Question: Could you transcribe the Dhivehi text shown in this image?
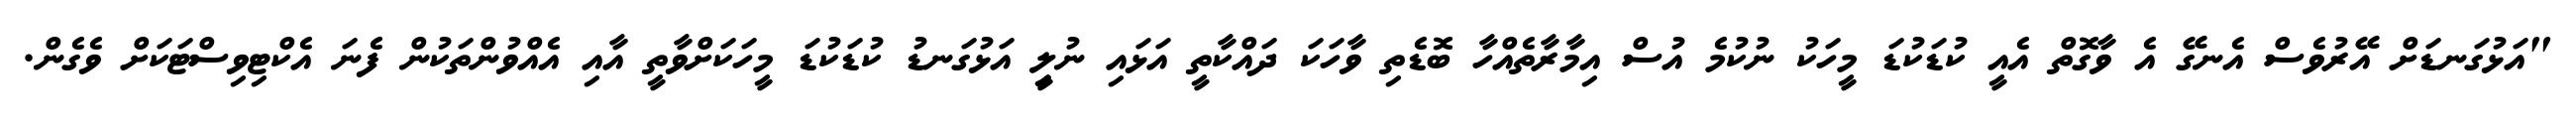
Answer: "އަޅުގަނޑަށް އޭރުވެސް އެނގޭ އެ ވާގޮތް އެއީ ކުޑަކުޑަ މީހަކު ނުކުމެ އުސް އިމާރާތެއްހާ ބޮޑެތި ވާހަކަ ދައްކާތީ އަޅައި ނުލިީ އަޅުގަނޑު ކުޑަކުޑަ މީހަކަށްވާތީ އާއި އެއްވުންތަކުން ފެނަ އެކްޓިވިސްޓަކަށް ވެގެން.